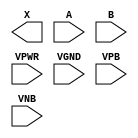
module sky130_fd_sc_hdll__and2 (
    X   ,
    A   ,
    B   ,
    VPWR,
    VGND,
    VPB ,
    VNB
);

    output X   ;
    input  A   ;
    input  B   ;
    input  VPWR;
    input  VGND;
    input  VPB ;
    input  VNB ;
endmodule